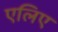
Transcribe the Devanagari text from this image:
एलिए